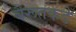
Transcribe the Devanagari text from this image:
बैरूतकडे